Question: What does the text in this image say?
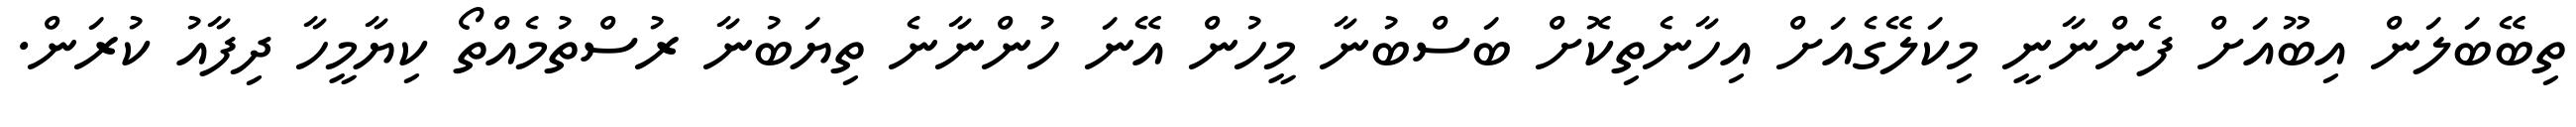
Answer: ތިބޭބަލަން އިބޫއަށް ފެންނާނީ މިކަލޭގެއަށް އިހާނެތިކޮށް ބަސްބުނާ މީހުން އޭނަ ހުންނާނެ ތިޔަބުނާ ރުސްތުމެއްތޯ ކިޔާމީހާ ދިފާއު ކުރަން.